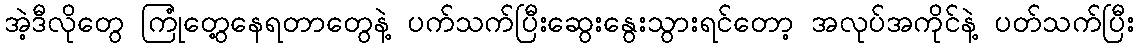
အဲ့ဒီလိုတွေ ကြုံတွေ့နေရတာတွေနဲ့ ပက်သက်ပြီးဆွေးနွေးသွားရင်တော့ အလုပ်အကိုင်နဲ့ ပတ်သက်ပြီး